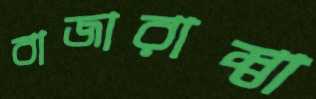
বাজারাম্বা